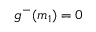
g ^ { - } ( m _ { 1 } ) = 0